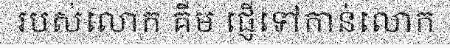
របស់លោក គីម ផ្ញើទៅកាន់លោក